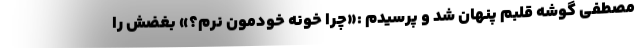
مصطفی گوشه قلبم پنهان شد و پرسیدم :«چرا خونه خودمون نرم؟» بغضش را